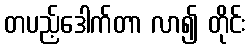
တပည့်ဒေါက်တာ လာ၍ တိုင်း